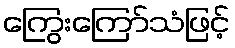
ကြွေးကြော်သံဖြင့်